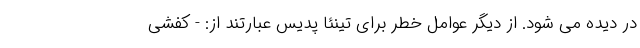
در دیده می شود. از دیگر عوامل خطر برای تینئا پدیس عبارتند از: - کفشی